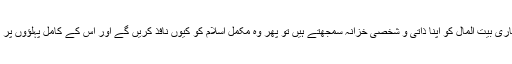
اور جو اسلامی سرکاری بیت المال کو اپنا ذاتی و شخصی خزانہ سمجھتے ہیں تو پھر وہ مکمل اسلام کو کیوں نافذ کریں گے اور اس کے کامل پہلؤوں پر توجہ کیوں دیں گے۔